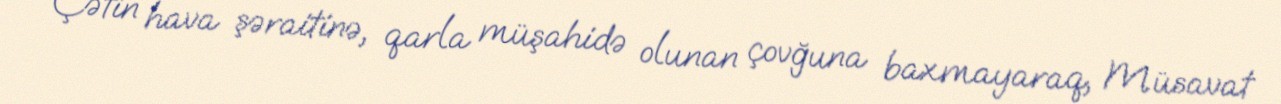
Çətin hava şəraitinə, qarla müşahidə olunan çovğuna baxmayaraq, Müsavat